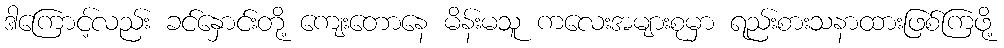
ဒါကြောင့်လည်း ခင်နှောင်းတို့ ကျေးတောနေ မိန်းမသူ ကလေးအများစုမှာ ရည်းစားသနာထားဖြစ်ကြဖို့